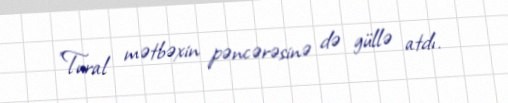
"Tural mətbəxin pəncərəsinə də güllə atdı.